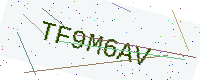
Text: TF9M6AV